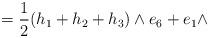
LaTeX: \begin{align*}=\frac{1}{2}(h_{1}+h_{2}+h_{3})\wedge e_{6}+e_{1}\wedge\end{align*}